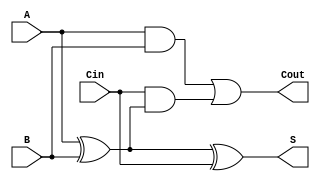
module FullAdder (
    input A,       // First input bit
    input B,       // Second input bit
    input Cin,     // Carry input
    output S,      // Sum output
    output Cout     // Carry output
);
    // Logic for sum and carry out
    assign S = A ^ B ^ Cin;                     // Sum: A XOR B XOR Cin
    assign Cout = (A & B) | (Cin & (A ^ B));    // Cout: (A AND B) OR (Cin AND (A XOR B))
endmodule